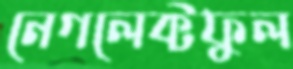
নেগলেক্টফুল